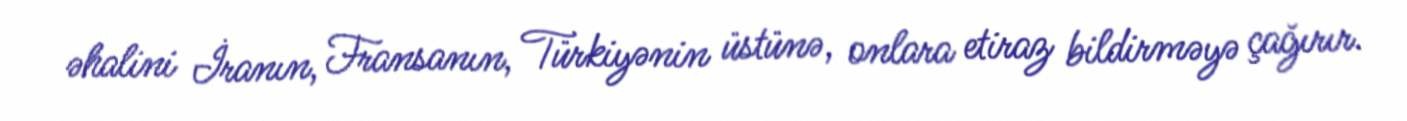
əhalini İranın, Fransanın, Türkiyənin üstünə, onlara etiraz bildirməyə çağırır.